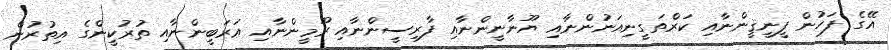
އޭގެ ފަހުން ފީނީޤީންނާއި ކަރްތަގީނިއަނުންނާއި ޔޫނާނީންނާއި ފާރިސީންނާއި ރޫމީންނާއި ޢަރަބީންނާއި ތުރުކީންގެ އިތުރުން